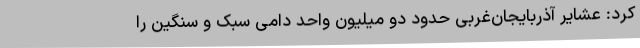
کرد: عشایر آذربایجان‌غربی حدود دو میلیون واحد دامی سبک و سنگین را